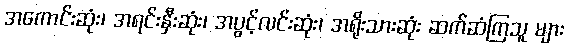
အကောင်းဆုံး၊ အရင်းနှီးဆုံး၊ အပွင့်လင်းဆုံး၊ အရိုးသားဆုံး ဆက်ဆံကြသူ များ